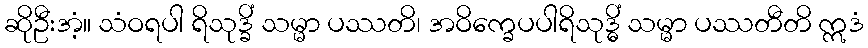
ဆိုဦးအံ့။ သံဝရပါ ရိသုဒ္ခိံ သမ္မာ ပဿတိ၊ အဝိက္ခေပပါရိသုဒ္ဓိံ သမ္မာ ပဿတီတိ ဣဒံ